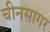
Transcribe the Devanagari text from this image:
चीनसागर